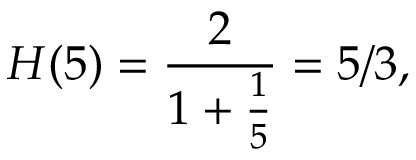
H ( 5 ) = { \frac { 2 } { 1 + { \frac { 1 } { 5 } } } } = 5 / 3 ,